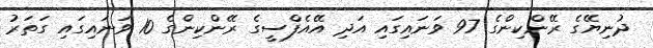
ދުނިޔޭގެ ރޭންކިންގެ 97 ވަނައިގައި އަދި އޭއެފްސީގެ ރޭންކިންގެ 10 ވަނައިގައި ގަތަރު